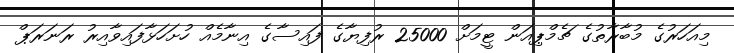
މިއަހަރުގެ މުބާރާތުގެ ޗެމްޕިއަން ޓީމަށް 25000 ރުފިޔާގެ ފައިސާގެ އިނާމެއް ހުށަހަޅާފައިވާއިރު ރަނަރަޕް